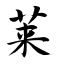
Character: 莱